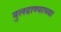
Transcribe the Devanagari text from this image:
बुलढाण्याच्या